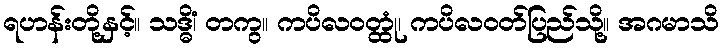
ရဟန်းတို့နှင့်။ သဒ္ဓိံ၊ တကွ။ ကပိလဝတ္ထုံ၊ ကပိလဝတ်ပြည်သို့။ အဂမာသိ